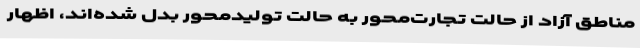
مناطق آزاد از حالت تجارت‌محور به حالت تولیدمحور بدل شده‌اند، اظهار